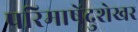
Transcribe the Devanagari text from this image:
परिमाषेंदुशेखर